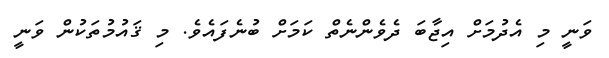
ވަނީ މި އެދުމަށް އިޖާބަ ދެވެންނެތް ކަމަށް ބުނެފައެވެ. މި ޤައުމުތަކުން ވަނީ